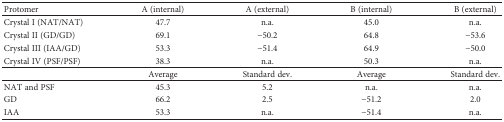
<table><thead><tr><td><b>Protomer</b></td><td><b>A (internal)</b></td><td><b>A (external)</b></td><td><b>B (internal)</b></td><td><b>B (external)</b></td></tr></thead><tbody><tr><td>Crystal I (NAT/NAT)</td><td>47.7</td><td>n.a.</td><td>45.0</td><td>n.a.</td></tr><tr><td>Crystal II (GD/GD)</td><td>69.1</td><td>−50.2</td><td>64.8</td><td>−53.6</td></tr><tr><td>Crystal III (IAA/GD)</td><td>53.3</td><td>−51.4</td><td>64.9</td><td>−50.0</td></tr><tr><td>Crystal IV (PSF/PSF)</td><td>38.3</td><td>n.a.</td><td>50.3</td><td>n.a.</td></tr><tr><td></td><td>Average</td><td>Standard dev.</td><td>Average</td><td>Standard dev.</td></tr><tr><td>NAT and PSF</td><td>45.3</td><td>5.2</td><td>n.a.</td><td>n.a.</td></tr><tr><td>GD</td><td>66.2</td><td>2.5</td><td>−51.2</td><td>2.0</td></tr><tr><td>IAA</td><td>53.3</td><td>n.a.</td><td>−51.4</td><td>n.a.</td></tr></tbody></table>